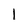
Character: 1